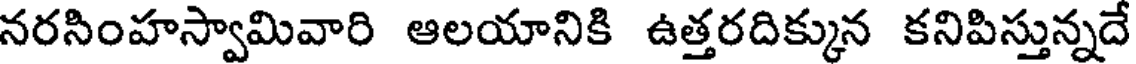
నరసింహస్వామివారి ఆలయానికి ఉత్తరదిక్కున కనిపిస్తున్నదే